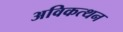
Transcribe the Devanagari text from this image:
अविकत्थन